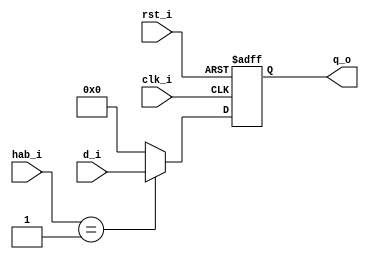
module ff_opc #(
	parameter n = 60
)	(
	input	         clk_i,
	input	         rst_i,
	input	   [1:0] hab_i,
	input	 [n-1:0] d_i,
	output [n-1:0] q_o
);
	
	reg [n-1:0] q_aux, mux_out;
	
	always@(d_i, hab_i) begin
		case(hab_i)
			0 : mux_out = 0;
			1 : mux_out = d_i;
			default : mux_out = 0;
		endcase		
	end

	always@(posedge clk_i, posedge rst_i) begin
		if (rst_i)
			q_aux <= 0;
		else
			q_aux <= mux_out;	
	end
	
	assign q_o = q_aux;
  
endmodule